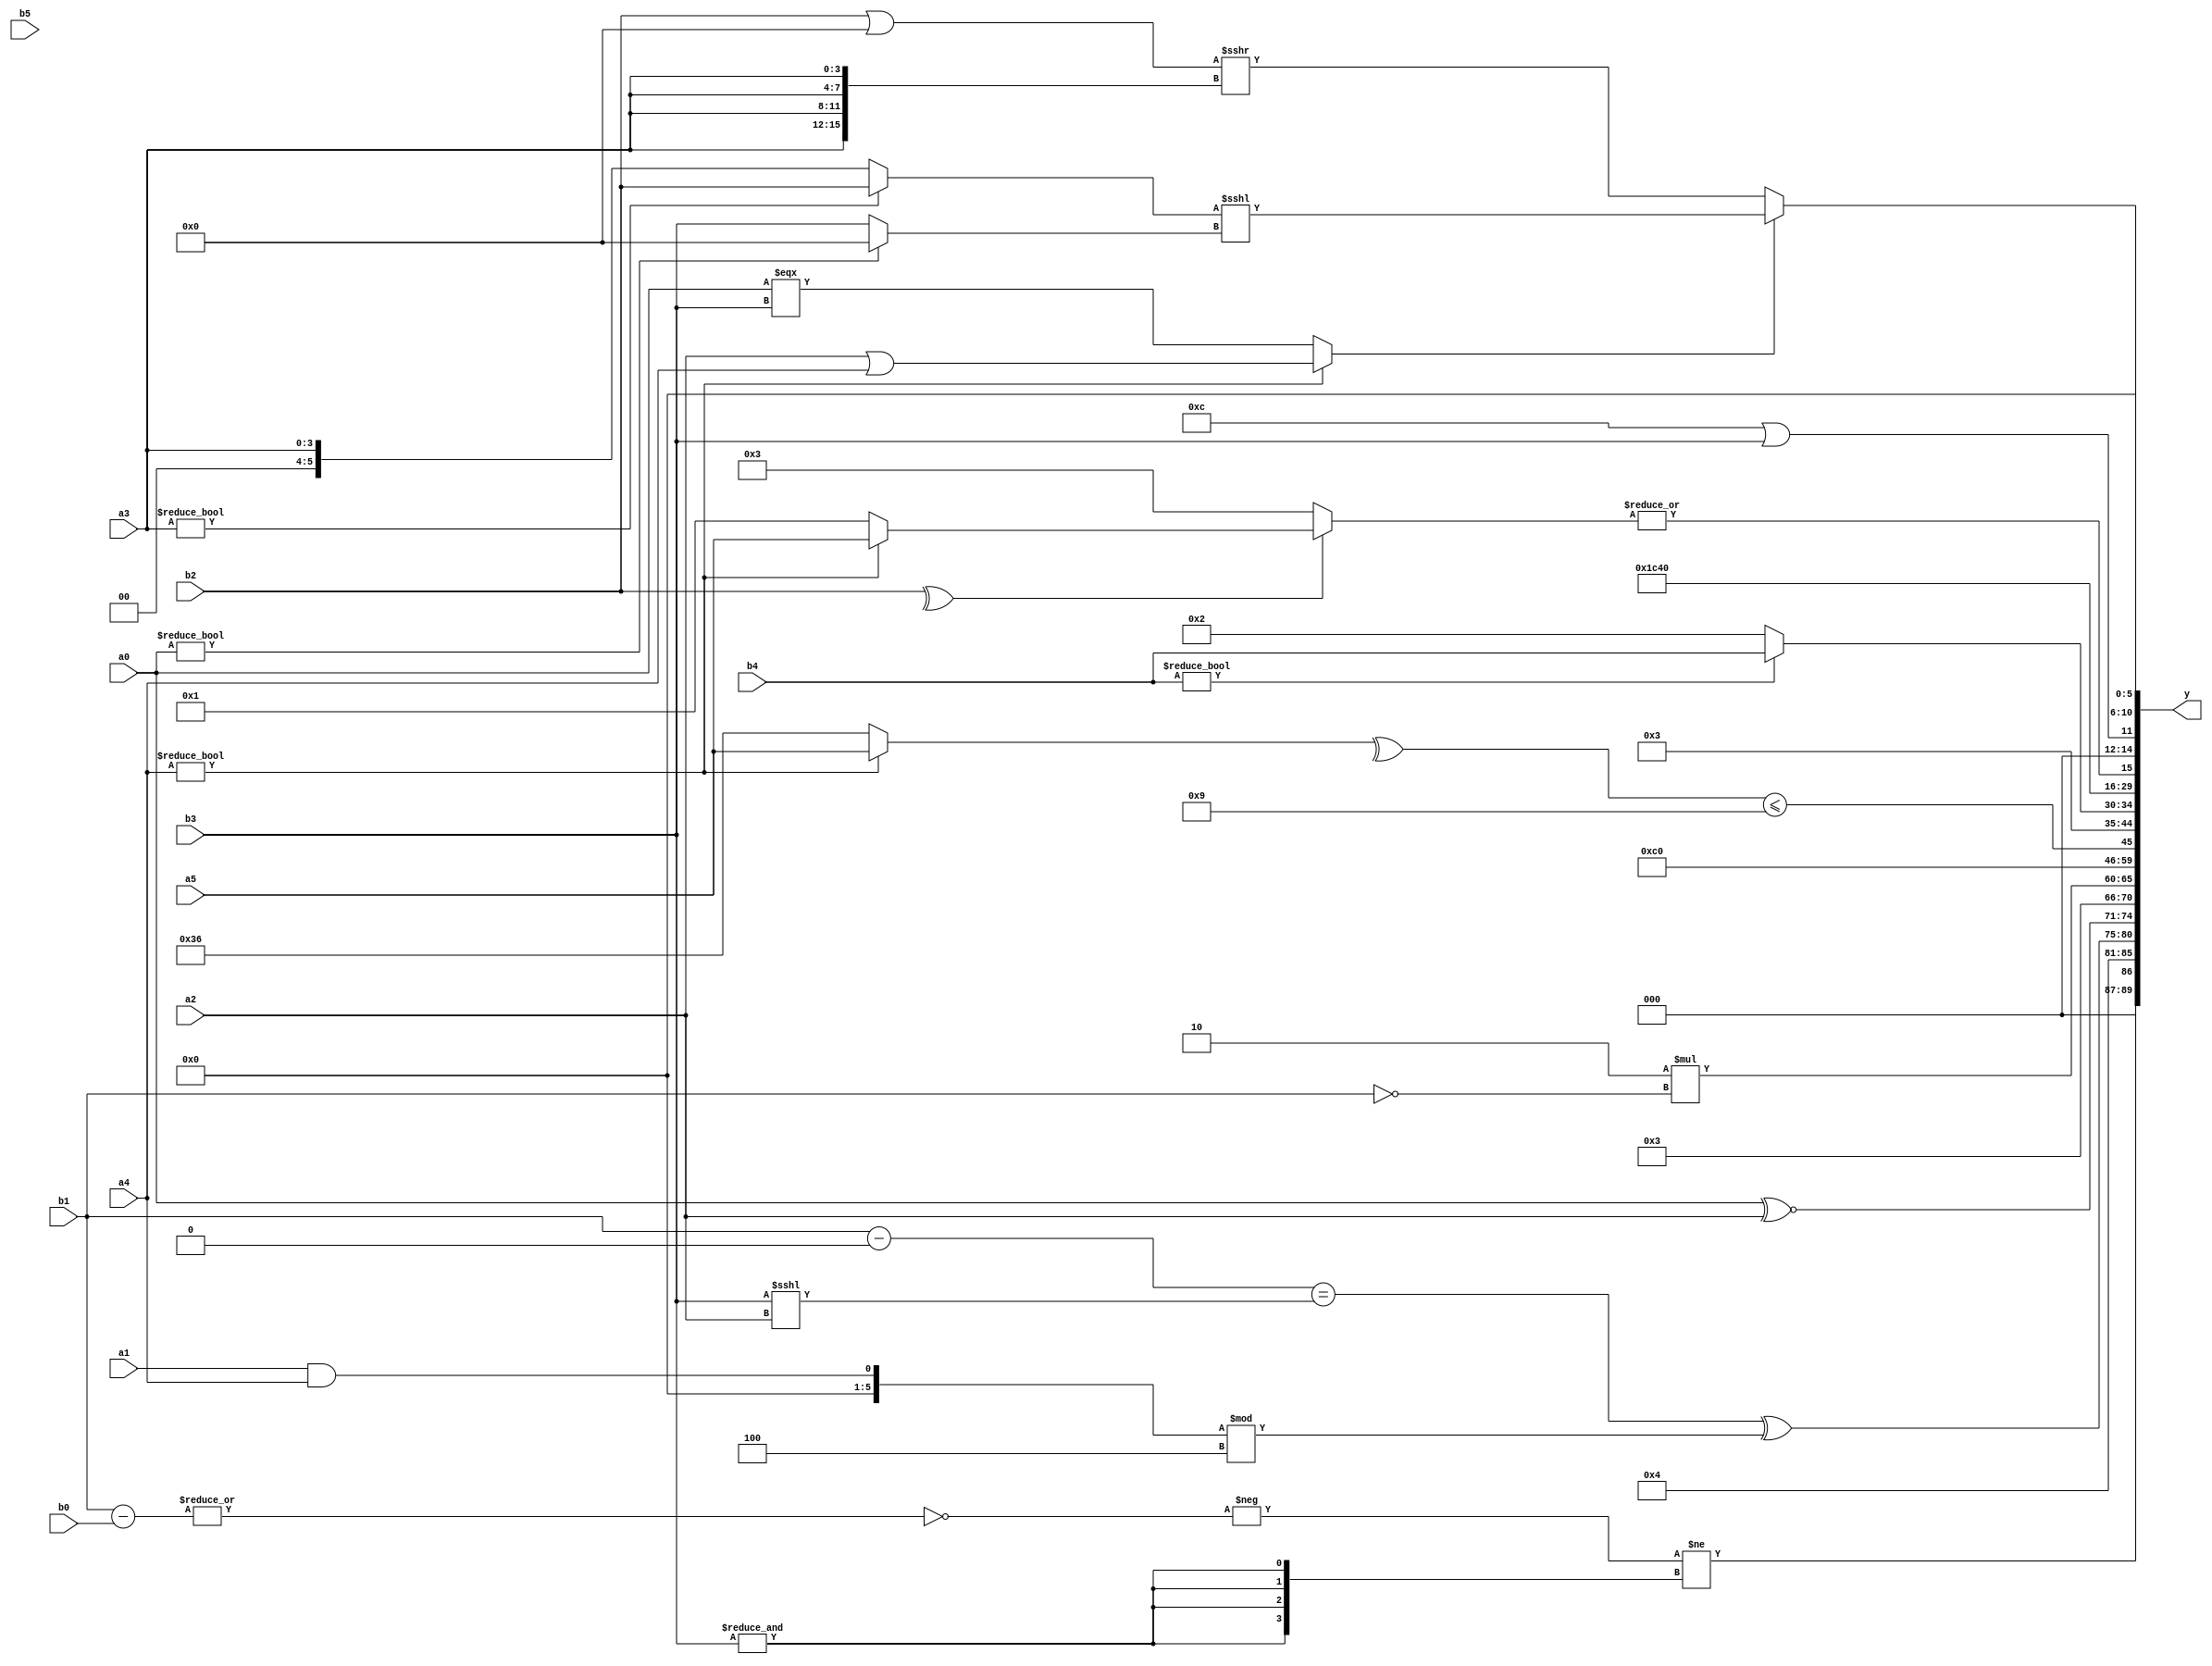
module expression_00078(a0, a1, a2, a3, a4, a5, b0, b1, b2, b3, b4, b5, y);
  input [3:0] a0;
  input [4:0] a1;
  input [5:0] a2;
  input signed [3:0] a3;
  input signed [4:0] a4;
  input signed [5:0] a5;

  input [3:0] b0;
  input [4:0] b1;
  input [5:0] b2;
  input signed [3:0] b3;
  input signed [4:0] b4;
  input signed [5:0] b5;

  wire [3:0] y0;
  wire [4:0] y1;
  wire [5:0] y2;
  wire signed [3:0] y3;
  wire signed [4:0] y4;
  wire signed [5:0] y5;
  wire [3:0] y6;
  wire [4:0] y7;
  wire [5:0] y8;
  wire signed [3:0] y9;
  wire signed [4:0] y10;
  wire signed [5:0] y11;
  wire [3:0] y12;
  wire [4:0] y13;
  wire [5:0] y14;
  wire signed [3:0] y15;
  wire signed [4:0] y16;
  wire signed [5:0] y17;

  output [89:0] y;
  assign y = {y0,y1,y2,y3,y4,y5,y6,y7,y8,y9,y10,y11,y12,y13,y14,y15,y16,y17};

  localparam [3:0] p0 = ((((3'd2)&(4'sd0))!=((2'sd0)&(5'sd0)))>(((5'd6)===(2'sd1))-{4{(5'd4)}}));
  localparam [4:0] p1 = (4'd12);
  localparam [5:0] p2 = ((-5'sd13)!=(5'd9));
  localparam signed [3:0] p3 = ({4{(3'd3)}}?((4'd0)?(2'd0):(-5'sd9)):((5'd17)?(5'sd4):(2'd1)));
  localparam signed [4:0] p4 = {{(-5'sd15),(3'd7),(5'd20)}};
  localparam signed [5:0] p5 = (((-2'sd1)==(3'sd2))>>((3'd0)?(2'd1):(4'sd7)));
  localparam [3:0] p6 = (-((~^(~((-3'sd1)||(4'd1))))!==(~(~^(&((2'd3)?(4'd0):(2'sd0)))))));
  localparam [4:0] p7 = {2{(~&{(5'd15),(-5'sd9)})}};
  localparam [5:0] p8 = {2{({(2'd3),(-4'sd7),(2'd2)}===(~|(5'sd2)))}};
  localparam signed [3:0] p9 = {(&{3{{(-4'sd1),(4'd7),(5'd9)}}})};
  localparam signed [4:0] p10 = {((-5'sd14)>>(5'd27)),((-3'sd3)&(5'sd4))};
  localparam signed [5:0] p11 = (&(3'sd1));
  localparam [3:0] p12 = ((~(^(-4'sd2)))===((2'd3)||(-3'sd1)));
  localparam [4:0] p13 = (((5'sd13)&(4'sd1))&((2'd1)>>(4'd9)));
  localparam [5:0] p14 = ((-3'sd2)!=(3'sd3));
  localparam signed [3:0] p15 = (3'd2);
  localparam signed [4:0] p16 = ({(5'sd15),(3'd7)}?((4'sd4)?(3'sd0):(3'd6)):(~^(4'd15)));
  localparam signed [5:0] p17 = {2{(6'd2 * (~(5'd4)))}};

  assign y0 = ((-{1{(~|((p11?p7:b1)-{1{b0}}))}})!={4{(&b3)}});
  assign y1 = (4'd4);
  assign y2 = ((&((b1-p11)==(b3<<<a2)))^((a1&&a4)%p10));
  assign y3 = {4{$unsigned($signed((a0^~a2)))}};
  assign y4 = (3'd3);
  assign y5 = ((5'd2 * $unsigned((~b1))));
  assign y6 = {4{(^p0)}};
  assign y7 = (4'd6);
  assign y8 = ((^(a4?a5:p17))<=(~(p7?p17:a5)));
  assign y9 = ({((p14?p0:b5)>>>$signed(p7))}>>>{{{p14}},(a5?p7:p7)});
  assign y10 = (~&(({1{p12}}?{1{p9}}:(p14>=p6))?((p5?p10:p8)|{3{p11}}):{4{(p12==p11)}}));
  assign y11 = {(5'sd14),(2'd3),(b4?b4:p15)};
  assign y12 = (3'd7);
  assign y13 = (5'd2);
  assign y14 = (|((^b2)?(a4?a5:p14):(2'd3)));
  assign y15 = {(p1||b3)};
  assign y16 = ((~&(p4&p16))?(p3?p11:p8):(p5?p1:p14));
  assign y17 = (($unsigned(a4)?(a2||a4):(a0===b3))?((a3?b2:a3)<<<(a0?p0:b3)):((b2||p12)>>>{4{a3}}));
endmodule